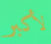
لأكبر